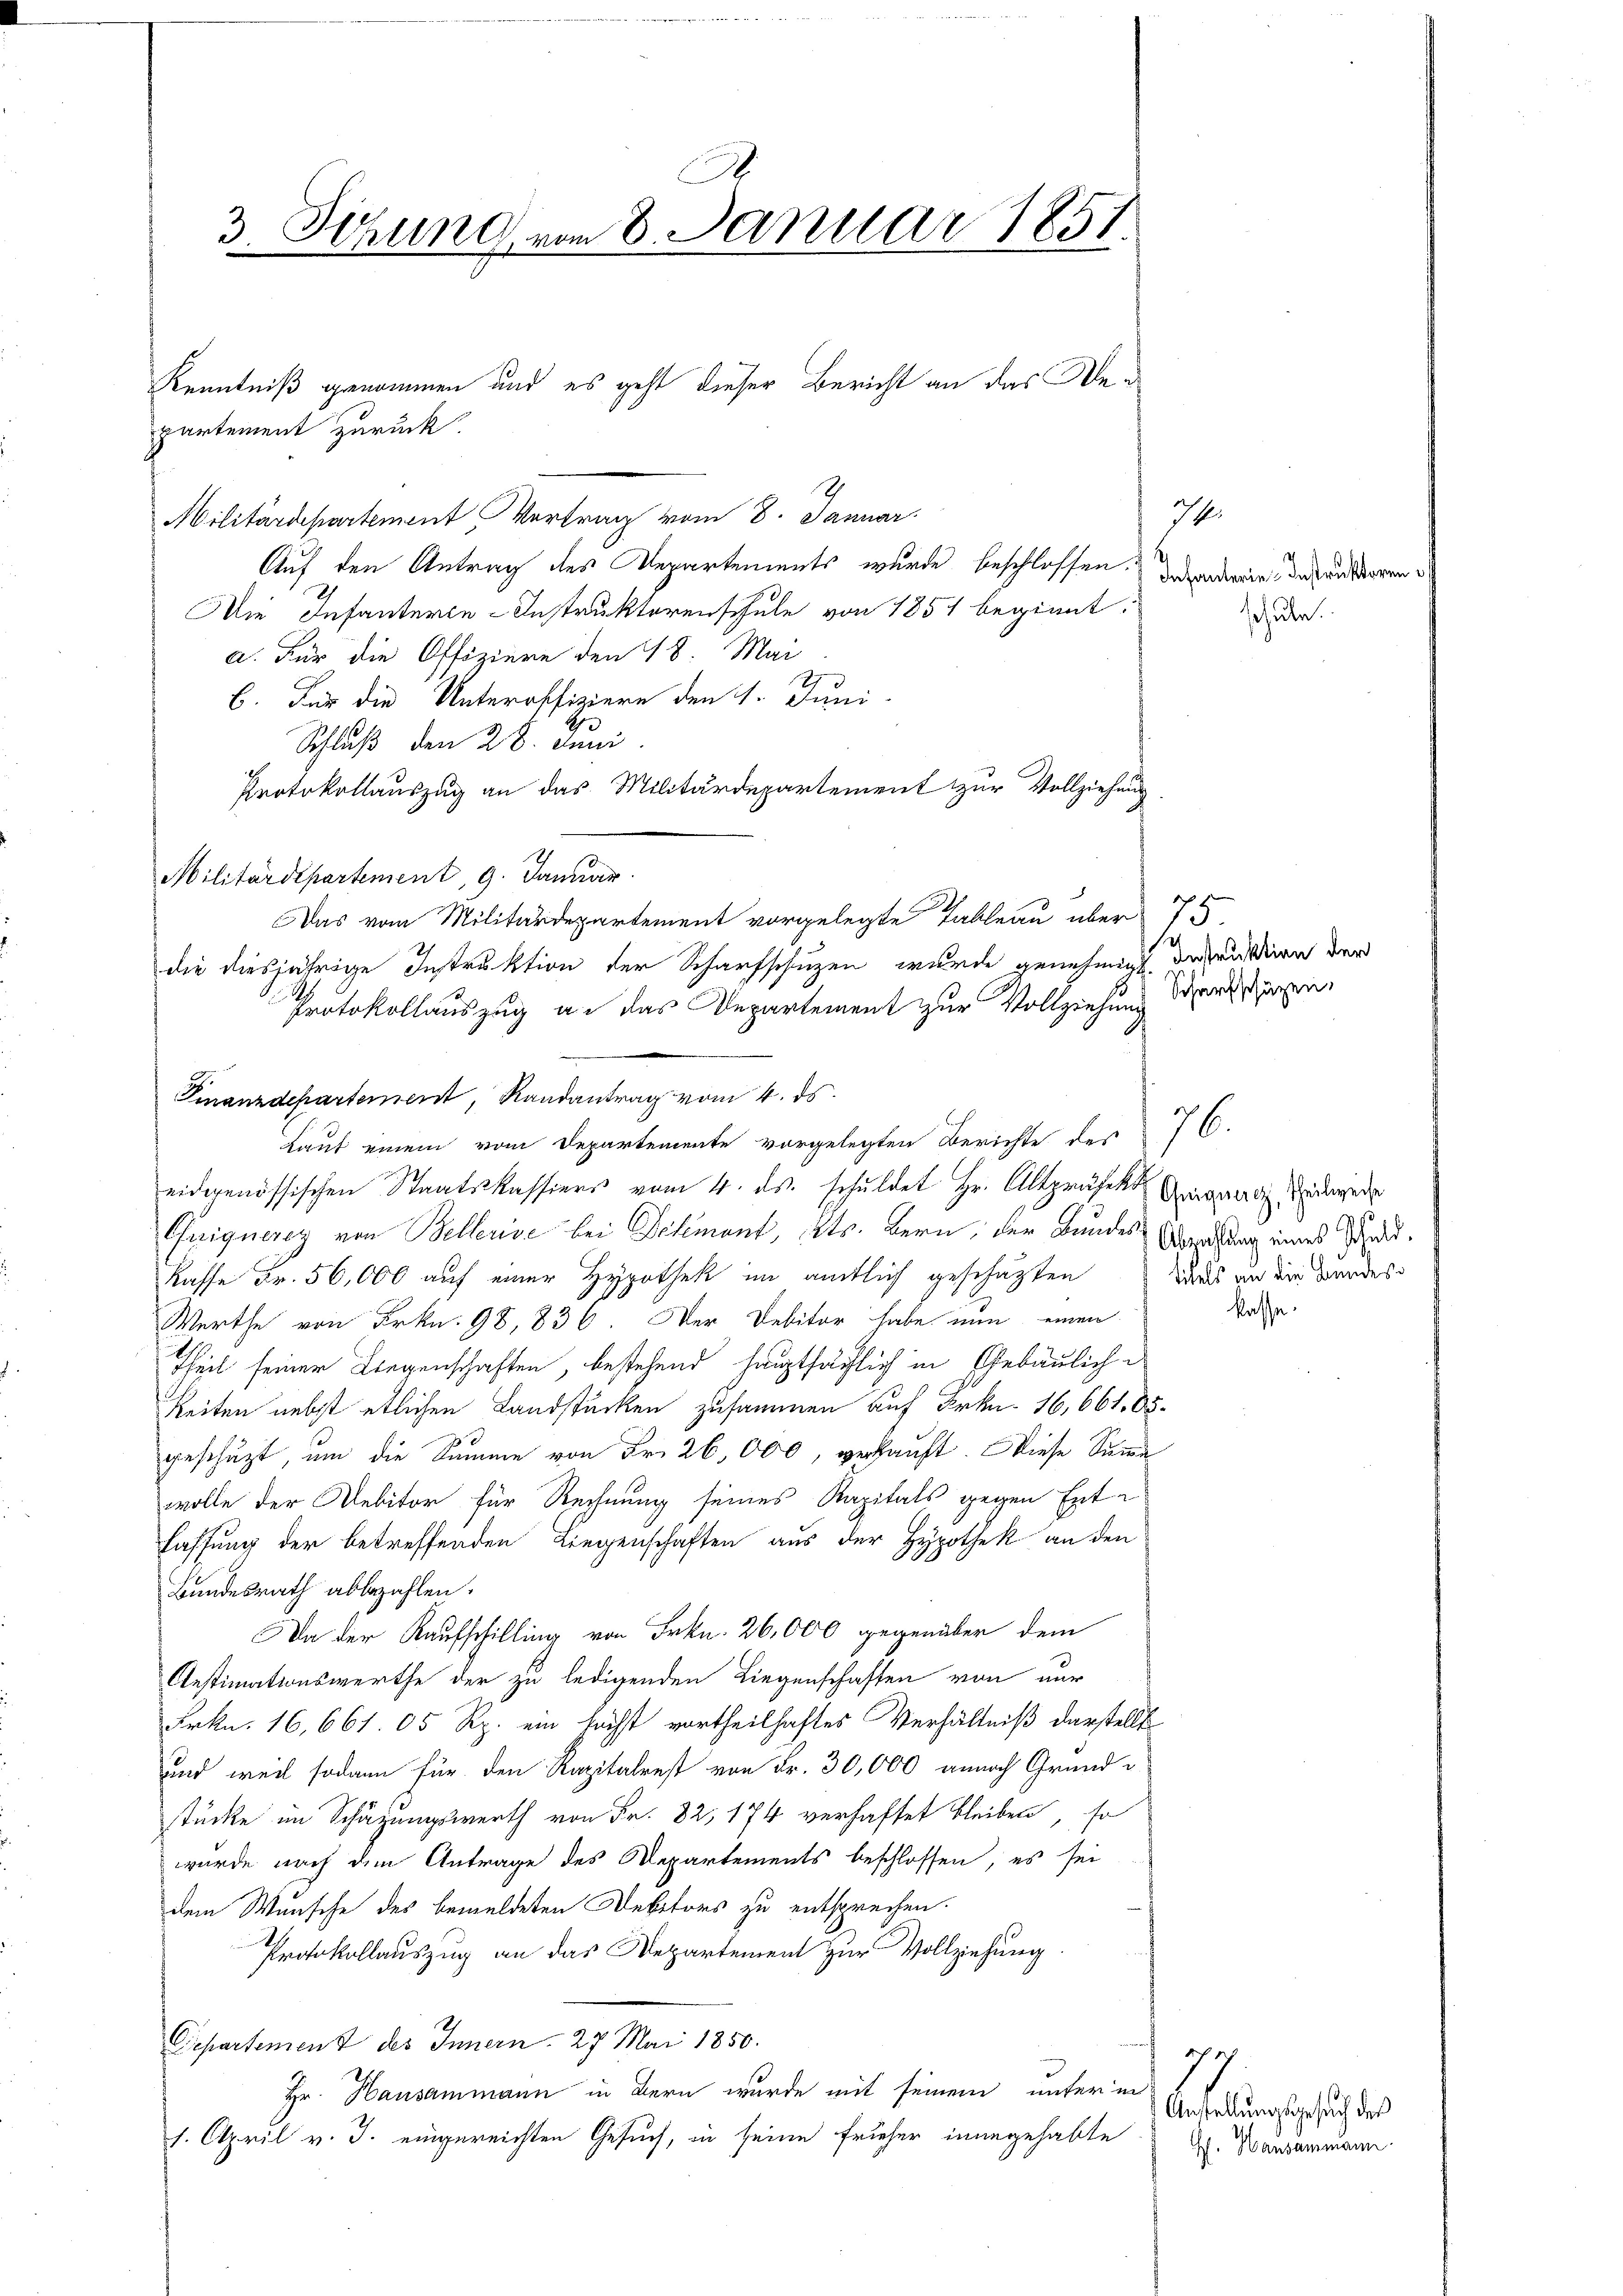
partement zurück
2
Militärdepartement Vertrag vom 8. Januar
Auf den Antrag des Departements wurde beschlossen. Dad mir der unterren¬
Die Infanterie-Instruktorenschule von 1851 beginnt.
a. Für die Offiziere den 18. Mai
B. Für die Unteroffiziere den 1. Juni.
Schluß den 28. Juni
Protokollauszug an das Militärdepartement zur Vollziehung
Militärdepartement, 9. Januar
Das vom Militärdepartement vorgelegte Tableau über 75.
die diesjährige Instruktion der Scharfschuzen wurde genehmigt. Irrentire der
Protokollauszug an das Departement zur Vollziehung denseren
Laut einem vom Departemente vorgelegten Berichte des 76.
eiderenössischen Staatskassiers vom 4. ds. schuldet Hr. Altpräfekt Gignädig entweder
Grriquerey von Bellerive bei Schmant, Kts. Bern, der Bundes Oberatung eines Pfand¬
Kasse Fr. 56,000 auf einer Hypothek im amtlich geschäften
Werthe von Frkn. 98, 836. Der Debitor habe nun einen
11
Theil seiner Liegenschaften, bestehend hauptsächlich in Gebäulich-
Reiten nebst etlichen Landstücken zusammen auf Frkn. 16,661. 85.
geschäzt, um die Summe von Fr. 26,000, verkauft. Diese Summe
wolle der Debitor für Rechnung seines Kapitals gegen Entfassung der betreffenden Liegenschaften aus der Hypothek an den
Bundesrath abbezahlen.
Da der Kaufschilling von Frkn. 26,000 gegenüber dem
Anstimationswerthe der zu ledigenden Liegenschaften von nur
Frkn. 16,661. 05 Rp. ein höchst vortheilhaftes Verhältniß darstellt
und weil sodann für den Kapitalrest von Fr. 30,000 annach Grund-
stücke im Schätzungswerth von Fr. 82, 174 verhaftet bleiben, so
wurde nach dem Antrage des Departements beschlossen, es sei
dem Wunsche des bemeldeten Debitors zu entsprechen.
Protokollauszug an das Departement zur Vollziehung
Separtement des Innern 27. Mai 1850.
Hr. Hausammann in Bern wurde mit seinem unter in
1. April v. J. eingereichten Gesuch, in seine früher inangehabte G. Mandammann

3. Sitzung vom 8. Januar 1851.

Kenntniß genommen und es geht dieser Bericht an das We¬

Finanzdepartement, Randantrag vom 4. ds.

7
schule.

titels an die Bundes

kasse.

177
 Anstellungsgesuch der